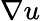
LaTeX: \nabla u